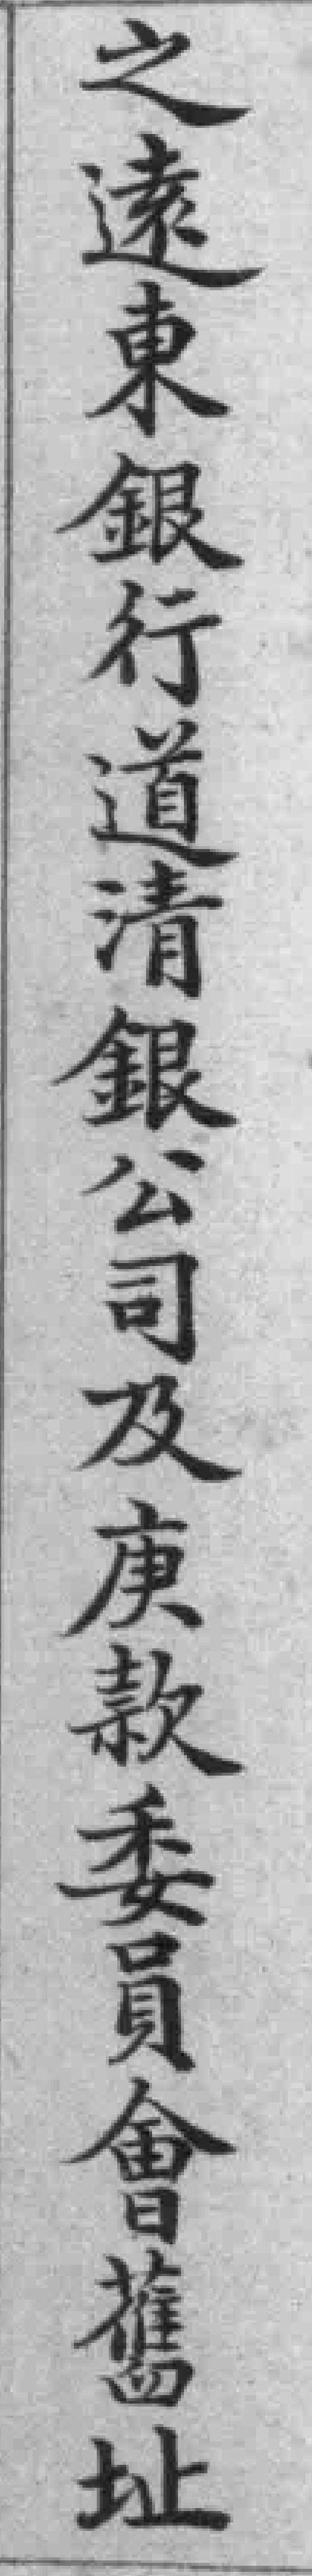
之遠東銀行道清銀公司及廣款委員會舊址